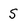
Character: s